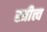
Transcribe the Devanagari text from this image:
स्त्रीत्त्व